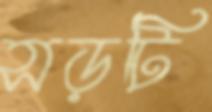
সড়টি